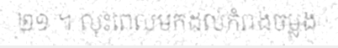
២១ ។ លុះពេលមកដល់កំពង់ចម្លង